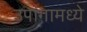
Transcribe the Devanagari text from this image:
उपांगामध्ये